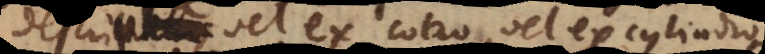
descripta, vel ex cono, vel ex cylindro